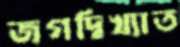
জগদ্বিখ্যাত